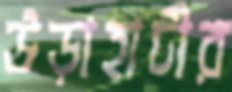
উড়াহাটীর